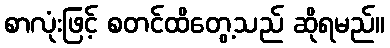
စာလုံးဖြင့် စတင်ထိတွေ့သည် ဆိုရမည်။